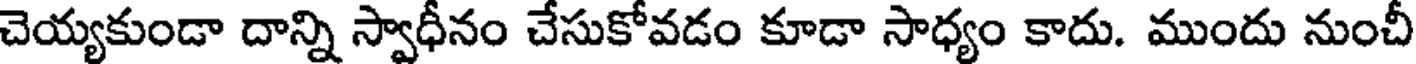
చెయ్యకుండా దాన్ని స్వాధీనం చేసుకోవడం కూడా సాధ్యం కాదు. ముందు నుంచీ